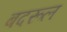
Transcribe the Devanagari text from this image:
बदरूल